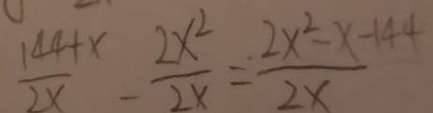
\frac { 1 4 4 + x } { 2 x } - \frac { 2 x ^ { 2 } } { 2 x } = \frac { 2 x ^ { 2 } - x - 1 4 4 } { 2 x }